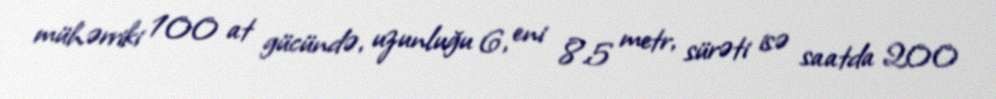
mühərriki 100 at gücündə, uzunluğu 6, eni 8.5 metr, sürəti isə saatda 200